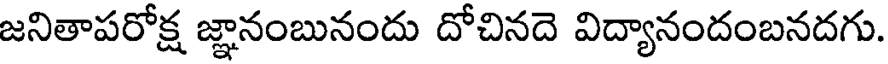
జనితాపరోక్ష జ్ఞానంబునందు దోచినదె విద్యానందంబనదగు.